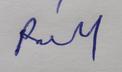
Signature authenticity: genuine